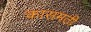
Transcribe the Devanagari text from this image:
कासमती